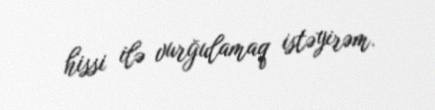
hissi ilə vurğulamaq istəyirəm.